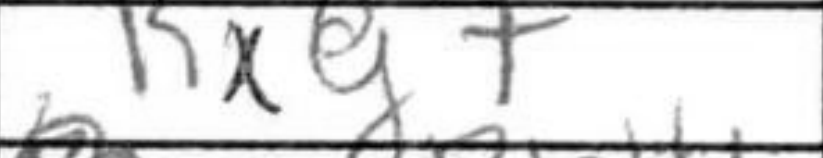
Transcription: Kxg7